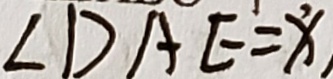
\angle D A E = x